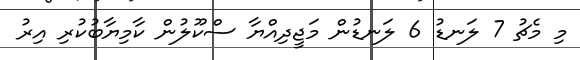
މި މެޗު 7 ލަނޑު 6 ލަނޑުން މަޖީދިއްޔާ ސްކޫލުން ކާމިޔާބުކުރި އިރު